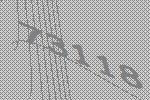
73118